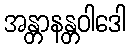
အန္တာနန္တဝါဒေါ